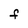
Character: F